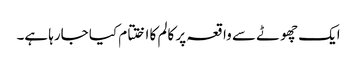
ایک چھوٹے سے واقعہ پر کالم کا اختتام کیا جارہا ہے۔